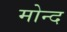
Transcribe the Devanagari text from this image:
मोन्‍द